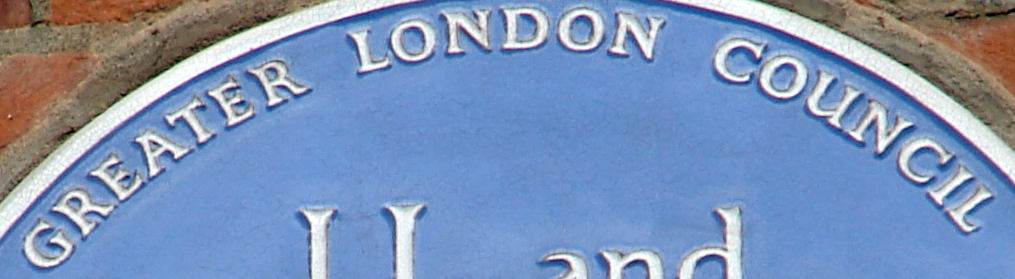
GREATER LONDON COUNCIL